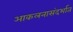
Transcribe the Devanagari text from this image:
आकलनासंदर्भात